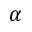
\alpha